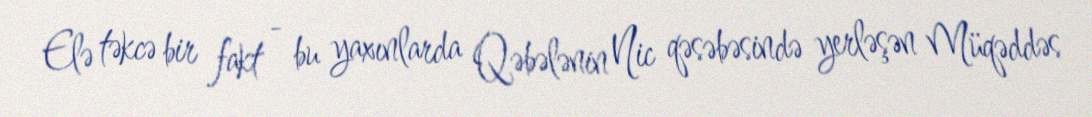
Elə təkcə bir fakt - bu yaxınlarda Qəbələnin Nic qəsəbəsində yerləşən Müqəddəs